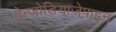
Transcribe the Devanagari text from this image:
बेन्जोडियाज़ेपाइन